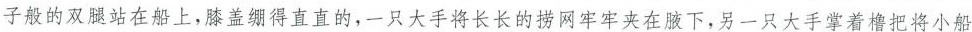
子般的双腿站在船上，膝盖绷得直直的，一只大手将长长的捞网牢牢夹在腋下，另一只大手掌着橹把将小船